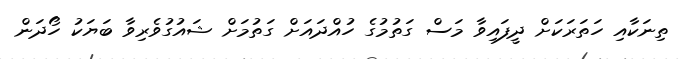
ތިނަކާއި ހަތަރަކަށް ދީފައިވާ މަސް ގަތުމުގެ ހުއްދައަށް ގަތުމަށް ޝައުގުވެރިވާ ބަޔަކު ހޯދަން